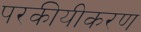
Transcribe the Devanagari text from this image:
परकीयीकरण